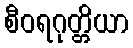
စီဝရဂုတ္တိယာ